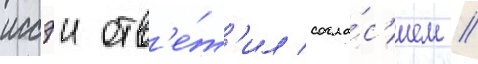
иссэи отв'е́т'ил согла́с'ием //